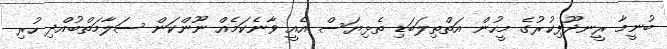
ބުނީމާ ރީނދޫފިކުރުގެ މީހުން އަތްތިލަބަޑި ތެޅިޔަސް އެއީ ވާނެކަމެއް ނޫންކަން ސަލާމަތްބުއްދި ހުރި